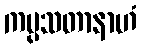
ကပ္ပသတာနာဟံ